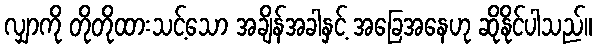
လျှာကို တိုတိုထားသင့်သော အချိန်အခါနှင့် အခြေအနေဟု ဆိုနိုင်ပါသည်။